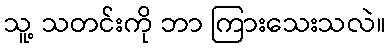
သူ့ သတင်းကို ဘာ ကြားသေးသလဲ။